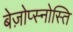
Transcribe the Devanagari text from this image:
बेज़ोप्स्नोस्ति